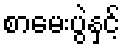
စာမေးပွဲနှင့်